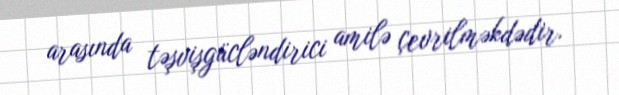
arasında təşvişgücləndirici amilə çevrilməkdədir.